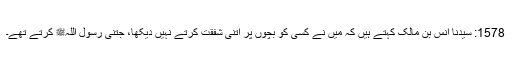
1578: سیدنا انس بن مالکؓ کہتے ہیں کہ میں نے کسی کو بچوں پر اتنی شفقت کرتے نہیں دیکھا، جتنی رسول اللہﷺ کرتے تھے۔